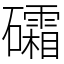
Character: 礵